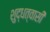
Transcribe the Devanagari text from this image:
शुद्धत्वासी